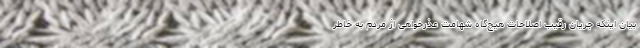
بیان اینکه جریان رقیب اصلاحات هیچ‌گاه شهامت عذرخواهی از مردم به خاطر